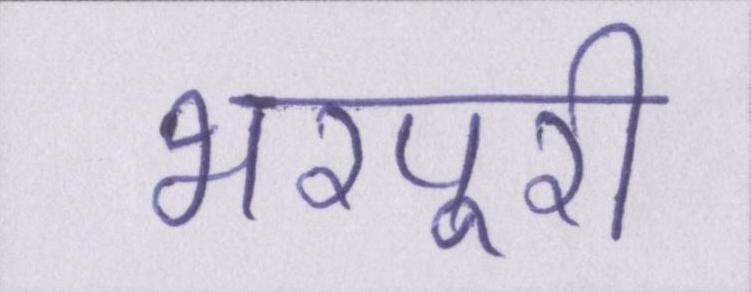
भरपूरी